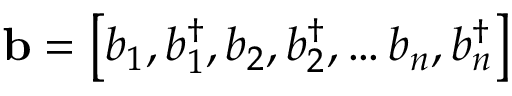
\mathbf { b } = \left[ b _ { 1 } , b _ { 1 } ^ { \dagger } , b _ { 2 } , b _ { 2 } ^ { \dagger } , \ldots b _ { n } , b _ { n } ^ { \dagger } \right]